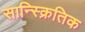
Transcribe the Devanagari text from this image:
सान्स्क्रितिक